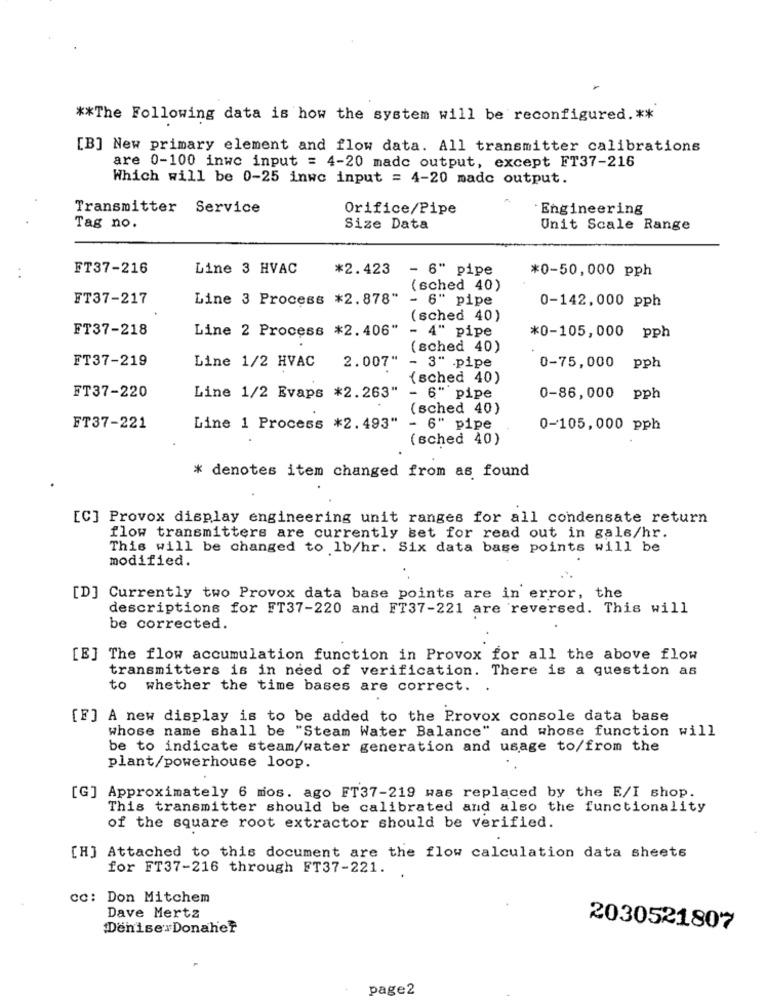
** The Following data is how the system will be reconfigured. **
[B] New primary element and flow data. All transmitter calibrations
are 0-100 inwe input = 4-20 made output, except FT37-216
Which will be 0-25 inwe input = 4-20 made output.
Transmitter
Service
Orifice/Pipe
. Engineering
Tag no.
Size Data
Unit Scale Range
FT37-216
Line 3 HVAC
*2.423
- 6" pipe
*0-50,000 pph
(sched 40)
FT37-217
Line 3 Process *2.878"
- 6" pipe
0-142,000 pph
(sched 40)
FT37-218
Line 2 Process *2.406"
- 4" pipe
*0-105,000 pph
(sched 40)
FT37-219
2.007"
Line 1/2 HVAC
- 3" .pipe
0-75,000 pph
{sched 40)
FT37-220
Line 1/2 Evaps *2.263"
- 6" pipe
0-86,000 pph
(sched 40)
FT37-221
Line 1 Process *2.493"
- 6" pipe
0-105,000 pph
(sched 40)
* denotes item changed from as found
[C] Provox display engineering unit ranges for all condensate return
flow transmitters are currently set for read out in gals/hr.
This will be changed to lb/hr. Six data base points will be
modified.
[D] Currently two Provox data base points are in error, the
descriptions for FT37-220 and FT37-221 are reversed. This will
be corrected.
[E] The flow accumulation function in Provox for all the above flow
transmitters is in need of verification. There is a question as
to whether the time bases are correct.
[F] A new display is to be added to the Provox console data base
whose name shall be "Steam Water Balance" and whose function will
be to indicate steam/water generation and usage to/from the
plant/powerhouse loop.
[G] Approximately 6 mos. ago FT37-219 was replaced by the E/I shop.
This transmitter should be calibrated and also the functionality
of the square root extractor should be verified.
[H] Attached to this document are the flow calculation data sheets
for FT37-216 through FT37-221.
cc: Don Mitchem
Dave Mertz
Denise Donaher
2030521807
page2